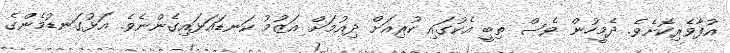
އުފާވެރިކޮށެވެ. ދެމީހުން ވެސް ތިބީ އެކުގައި ކުރިއަށް ދިއުމަށް އަޒުމު ކަނޑައަޅައިގެންނެވެ. އަޅުގަނޑުމެންގެ